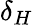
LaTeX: \delta_{H}